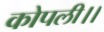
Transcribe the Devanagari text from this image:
कोपली।।